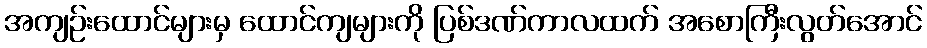
အကျဉ်းထောင်များမှ ထောင်ကျများကို ပြစ်ဒဏ်ကာလထက် အစောကြီးလွတ်အောင်